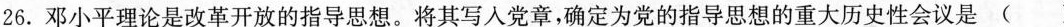
26.邓小平理论是改革开放的指导思想。将其写入党章，确定为党的指导思想的重大历史性会议是 ( )